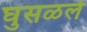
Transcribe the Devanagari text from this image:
घुसळले